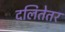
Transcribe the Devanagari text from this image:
दलितेतर